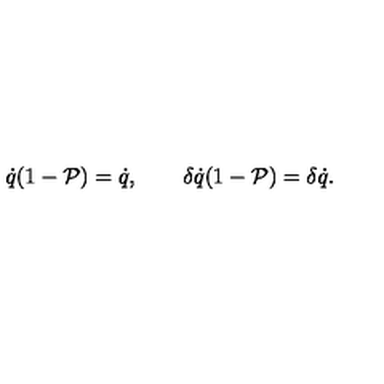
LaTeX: \dot { q } ( 1 - \mathcal { P } ) = \dot { q } , \qquad \delta \dot { q } ( 1 - \mathcal { P } ) = \delta \dot { q } .